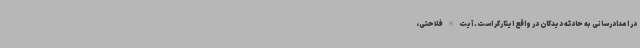
در امدادرسانی به حادثه دیدگان در واقع ایثارگر است. آیت الله فلاحتی،